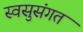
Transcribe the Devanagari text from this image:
स्वसुसंगत